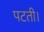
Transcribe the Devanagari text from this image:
पटती।